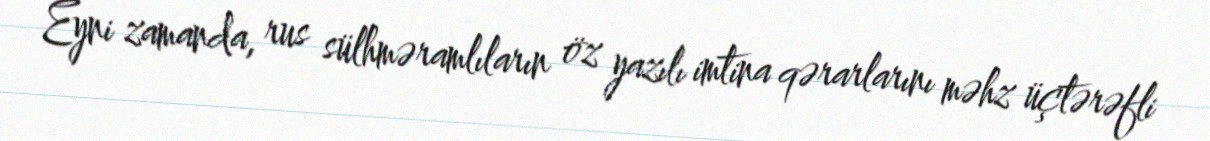
Eyni zamanda, rus sülhməramlıların öz yazılı imtina qərarlarını məhz üçtərəfli